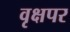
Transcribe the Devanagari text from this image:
वृक्षपर